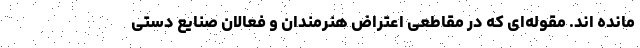
مانده اند. مقوله‌ای که در مقاطعی اعتراض هنرمندان و فعالان صنایع دستی